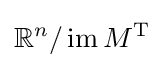
\mathbb {R} ^{n}/\operatorname {im} {M^{\operatorname {T} }}